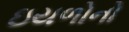
ઇયળોનો